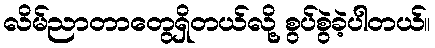
လိမ်ညာတာတွေရှိတယ်လို့ စွပ်စွဲခဲ့ပါတယ်။